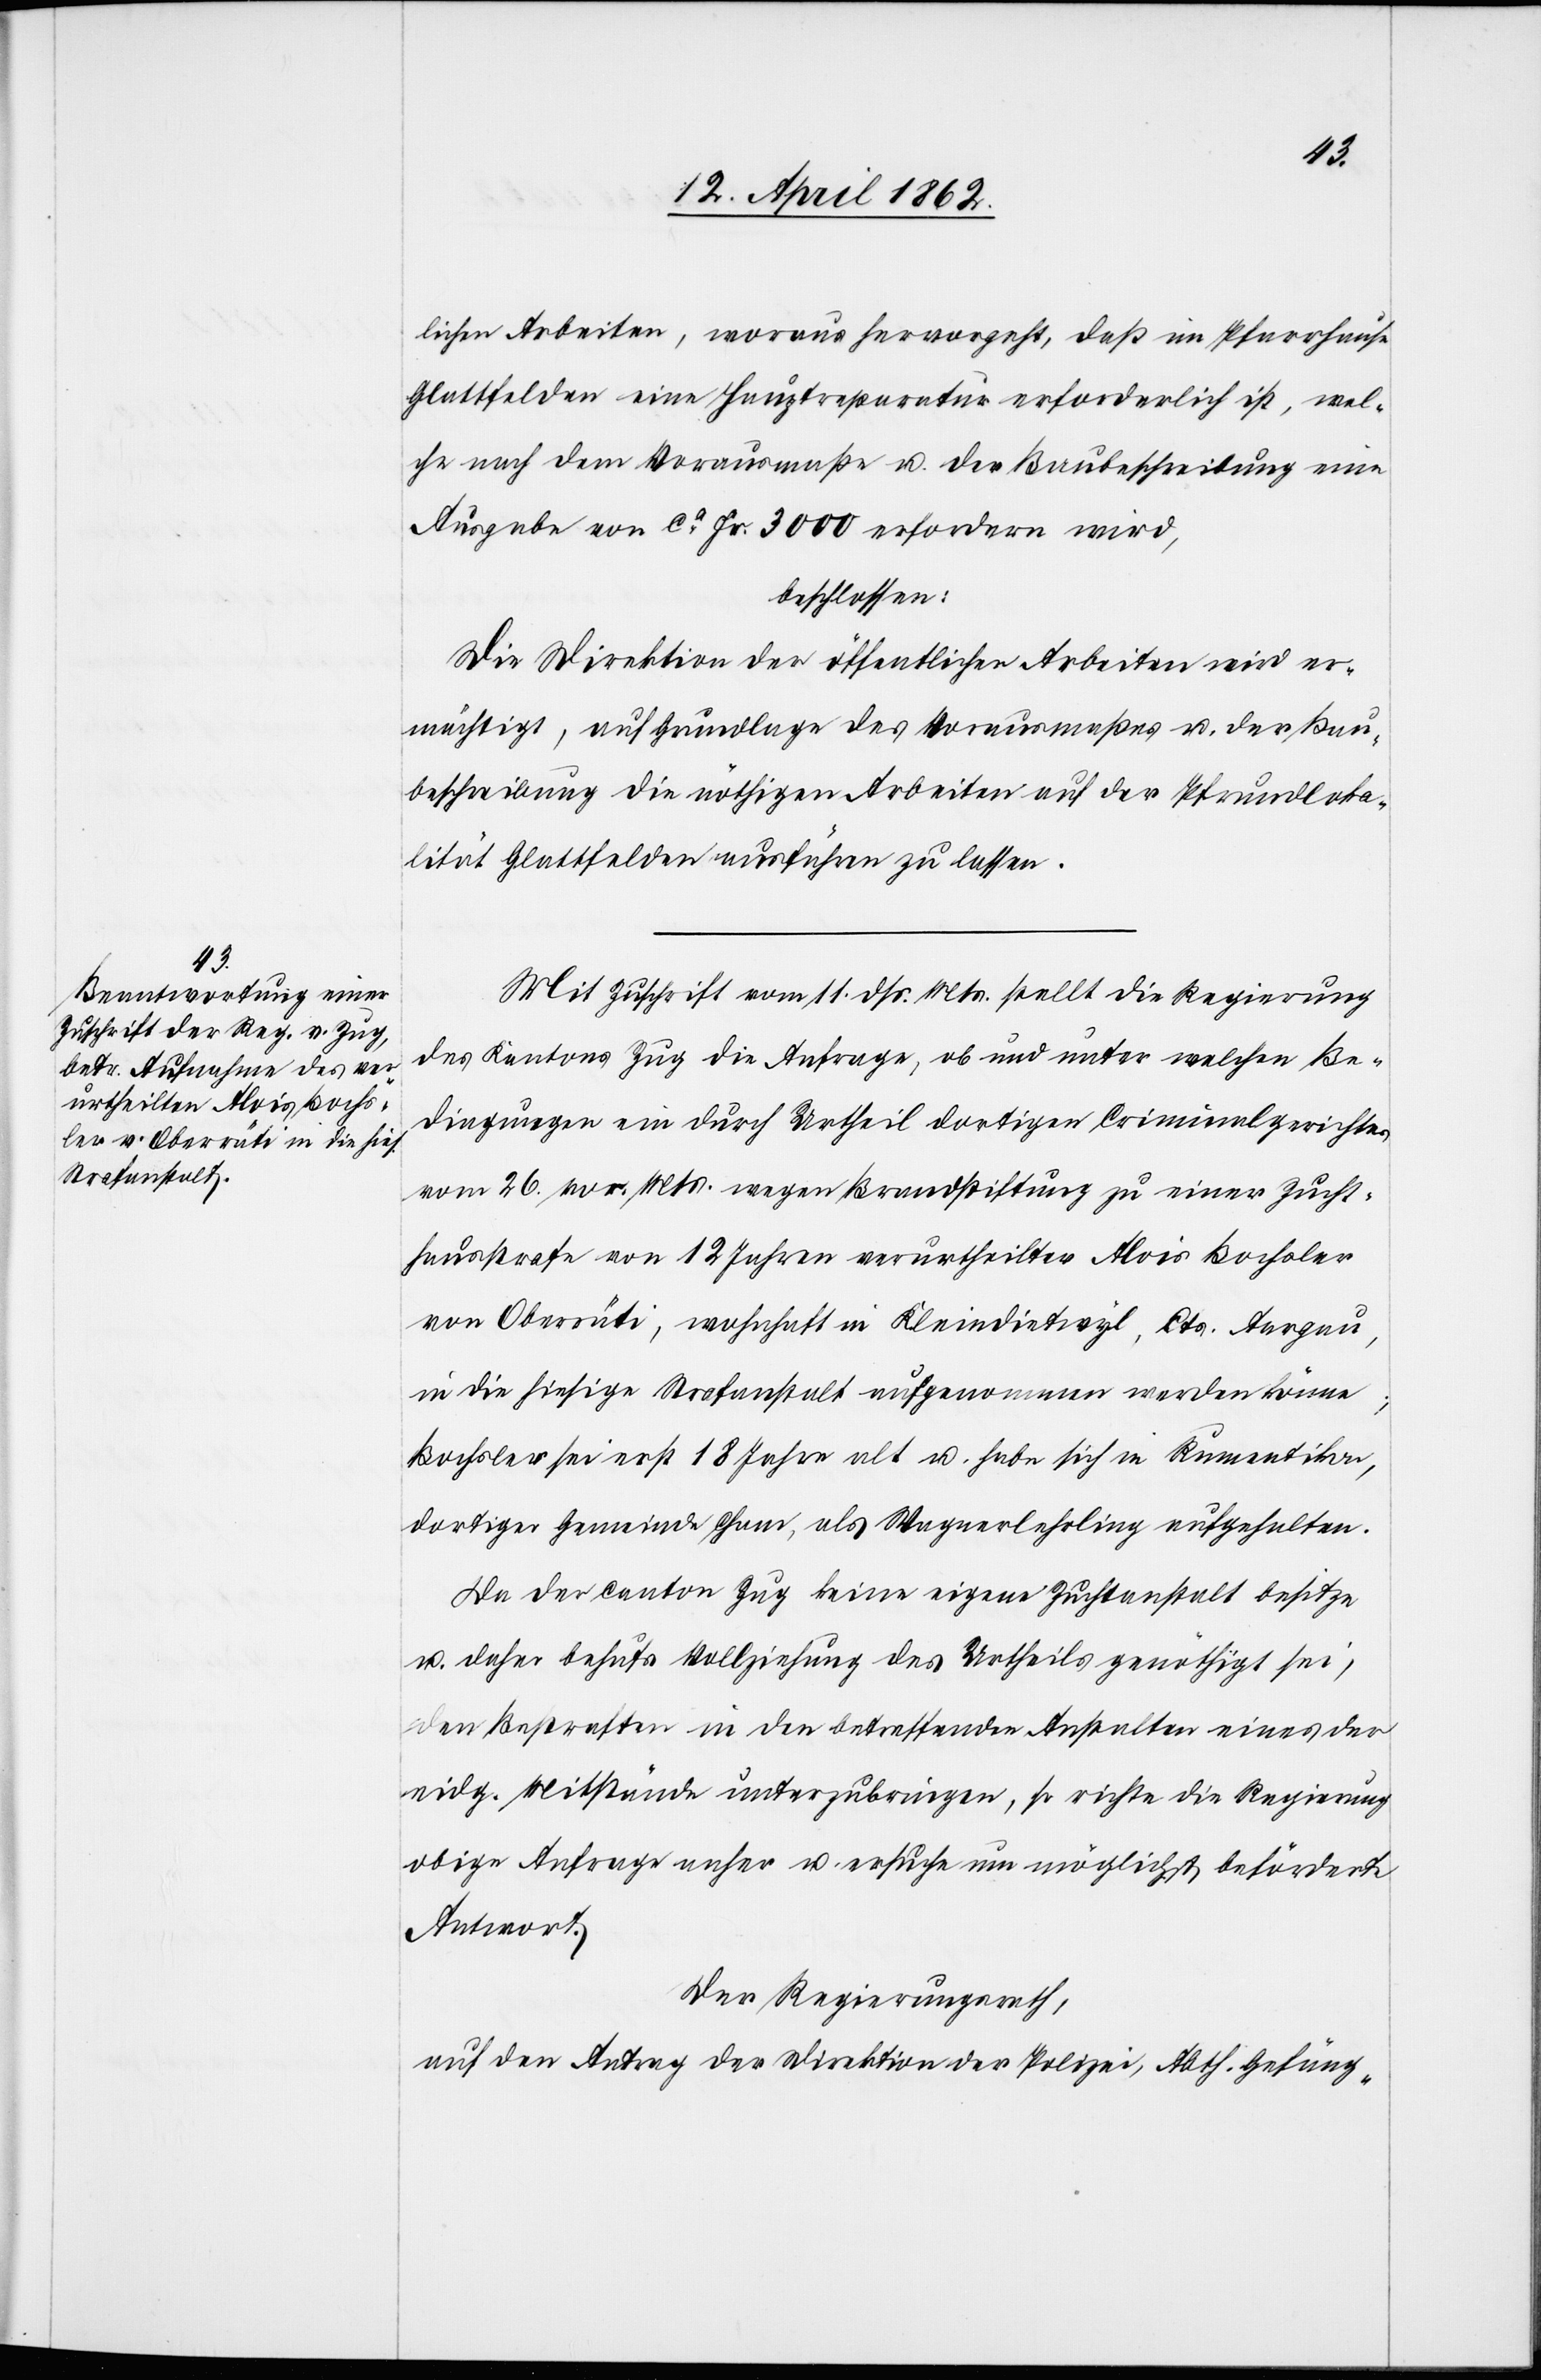
lichen Arbeiten, woraus hervorgeht, daß im Pfarrhause
Glattfelden eine Hauptreparatur erforderlich ist, wel¬
che nach dem Vorausmaße u. der Baubeschreibung eine
Ausgabe von ca. Fr. 3000 erfordern wird,
beschlossen:
Die Direktion der öffentlichen Arbeiten wird er¬
mächtigt, auf Grundlage des Vorausmaßes u. der Bau¬
beschreibung die nöthigen Arbeiten auf der Pfrundloka¬
lität Glattfelden ausführen zu lassen.
Mit Zuschrift vom 11. dß Mts. stellt die Regierung
des Kantons Zug die Anfrage, ob und unter welchen Be¬
dingungen ein durch Urtheil dortigen Criminalgerichtes
vom 26. vor. Mts. wegen Brandstiftung zu einer Zucht¬
hausstrafe von 12 Jahren verurtheilter Alois Bochsler
von Oberrüti, wohnhaft in Kleindietwyl, Cts. Aargau,
in die hiesige Strafanstalt aufgenommen werden könne;
Bochsler sei erst 18 Jahre alt u. habe sich in Rumentikon,
dortiger Gemeinde Cham, als Wagnerlehrling aufgehalten.
Da der Canton Zug keine eigene Zuchtanstalt besitze
u. daher behufs Vollziehung des Urtheils genöthigt sei,
den Bestraften in den betreffenden Anstalten eines der
eidg. Misstände unterzubringen, so richte die Regierung
obige Anfrage anher u. ersuche um möglichst beförderte
Antwort.
Der Regierungsrath,
auf den Antrag der Direktion der Polizei, Abth. Gefäng-